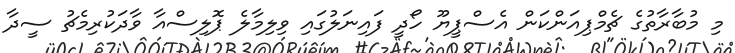
މި މުބާރާތުގެ ޗެމްޕިއަންކަން އެސްޕީޔޫ ހޯދީ ފައިނަލުގައި ވިލިމާލެ ޕޮލިސްއާ ވާދަކުރިމެޗު ސީދާ